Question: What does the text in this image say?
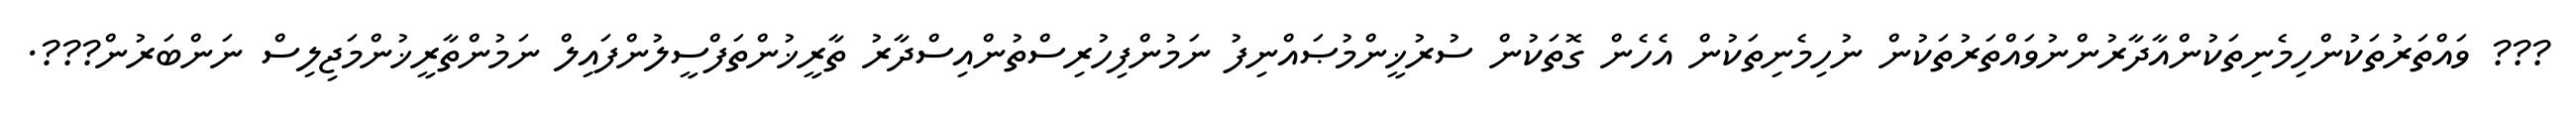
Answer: ??? ވައްތަރުތަކުންހިމެނިތަކުންއާދާރުންނުވައްތަރުތަކުން ނުހިމެނިތަކުން އެހެން ގޮތަކުން ސުރުޚީންމުޞައްނިފު ނަމުންފިހުރިސްތުންއިސްދާރު ތާރީޚުންތަފްސީލުންފައިލް ނަމުންތާރީޚުންމަޖިލިސް ނަންބަރުން???.